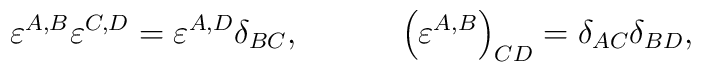
\varepsilon ^{A,B}\varepsilon ^{C,D}=\varepsilon ^{A,D}\delta_{BC} ,\hspace{0.5in}\left( \varepsilon ^{A,B}\right) _{CD}=\delta_{AC}\delta _{BD} ,